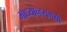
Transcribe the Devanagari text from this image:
माध्यान्हसमयी